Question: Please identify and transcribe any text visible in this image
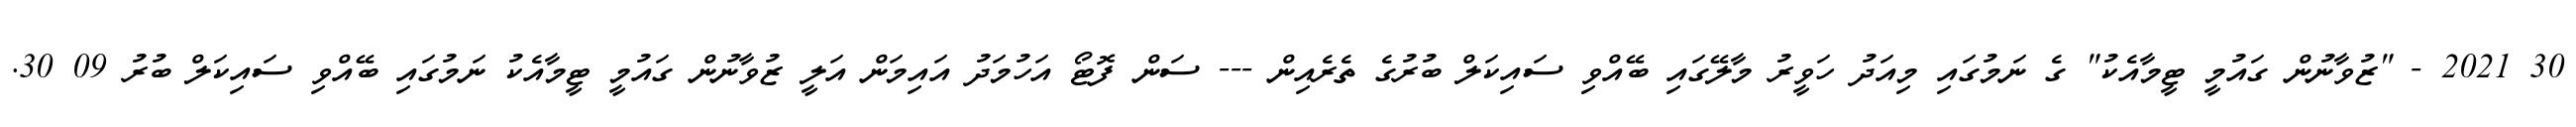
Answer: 30 2021 - "ޒުވާނުން ގައުމީ ޓީމާއެކު" ގެ ނަމުގައި މިއަދު ހަވީރު މާލޭގައި ބޭއްވި ސައިކަލް ބުރުގެ ތެރެއިން --- ސަން ފޮޓޯ އަހުމަދު އައިމަން އަލީ ޒުވާނުން ގައުމީ ޓީމާއެކު ނަމުގައި ބޭއްވި ސައިކަލް ބުރު 09 30.